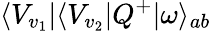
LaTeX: \langle V_{v_{1}}|\langle V_{v_{2}}|Q^{+}|\omega\rangle_{ab}